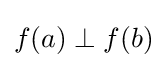
f(a)\perp f(b)